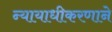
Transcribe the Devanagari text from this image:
न्यायाधीकरणाने